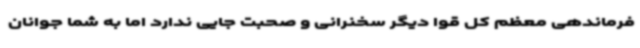
فرماندهی معظم کل قوا دیگر سخنرانی و صحبت جایی ندارد اما به شما جوانان